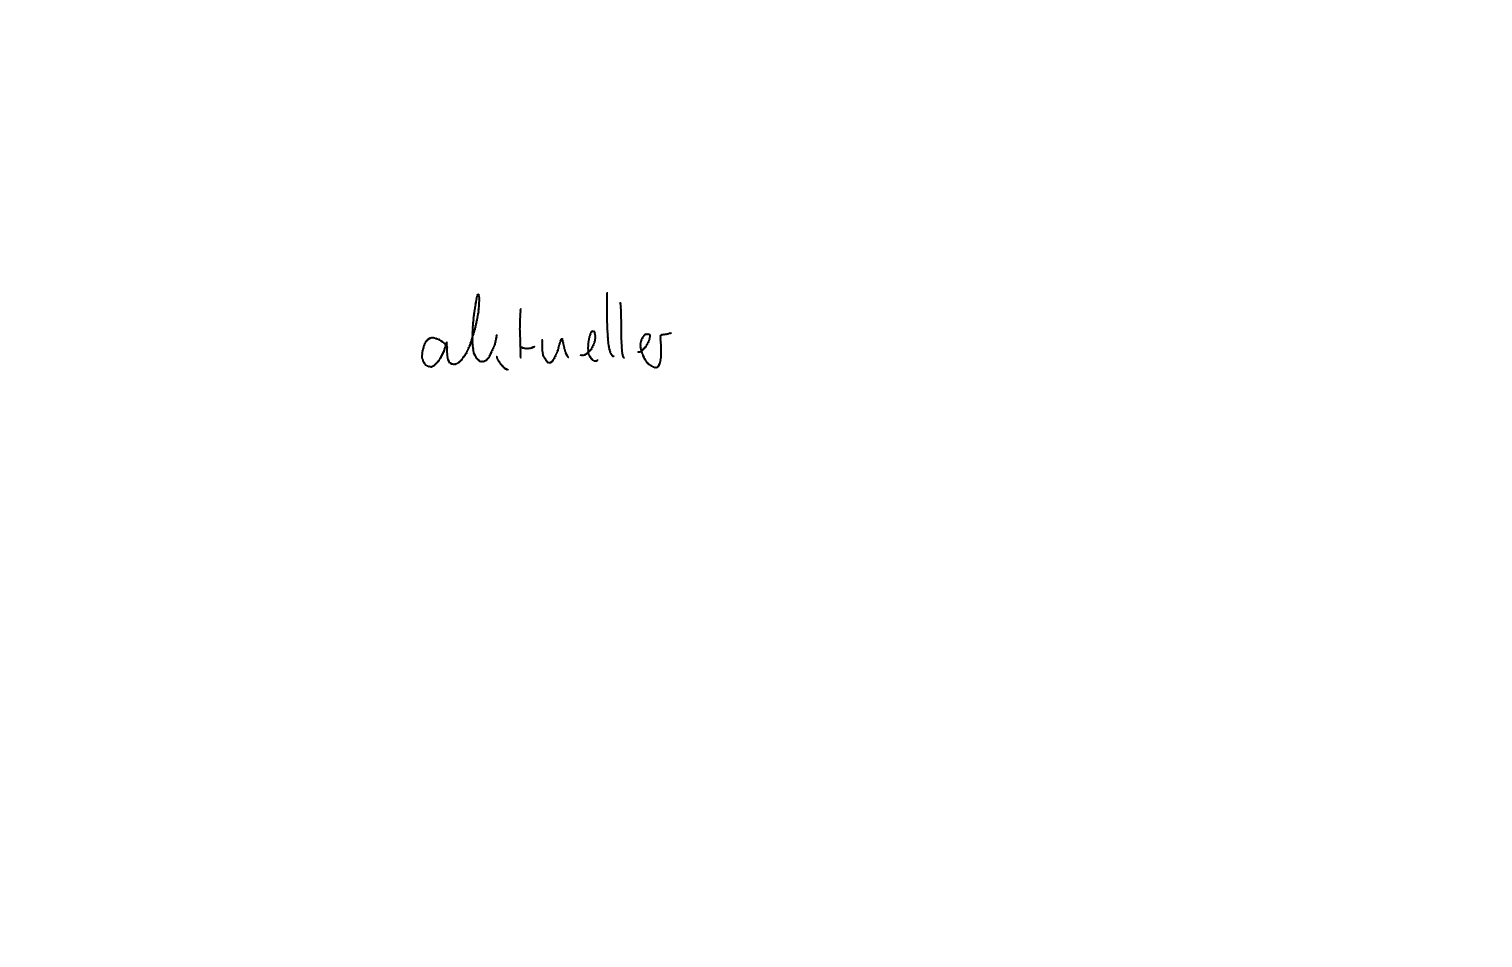
Text: aktueller